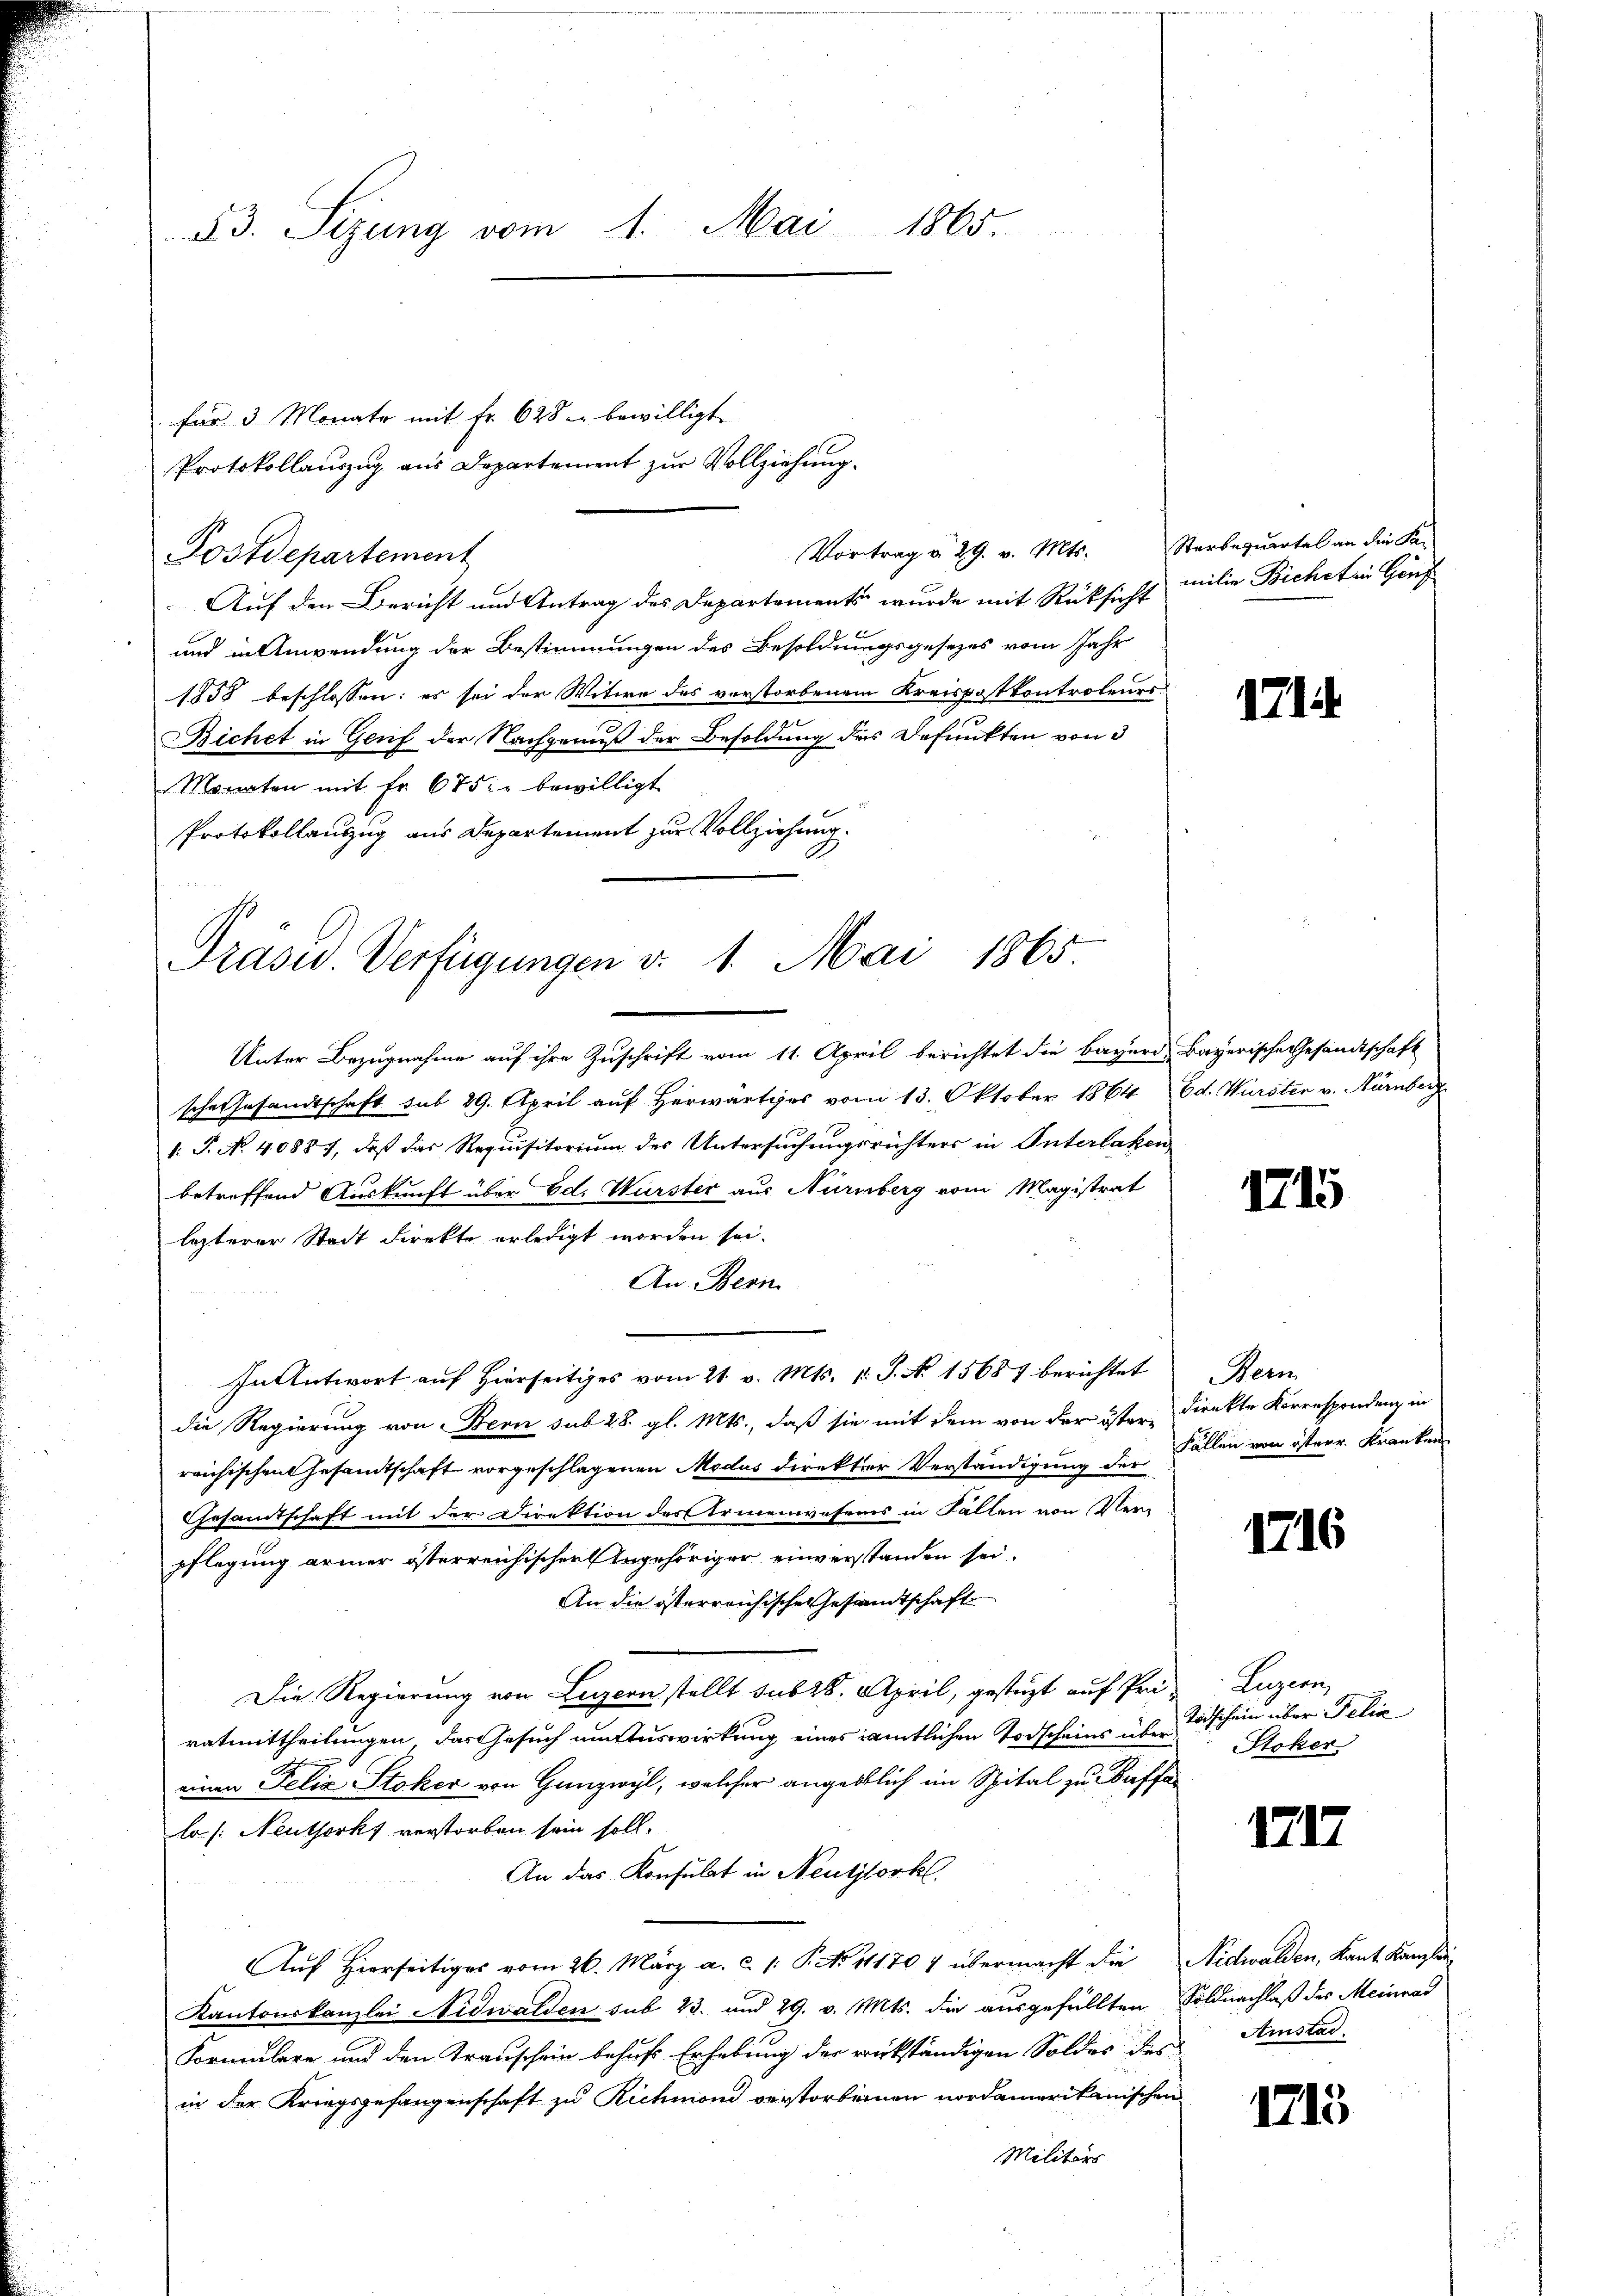
33. Sizung vom 1. Mai 1865.

für 3 Monate mit Fr. 628 bewilligt
Postdepartement
Auf den Bericht und Antrag des Departements wurde mit Rücksicht milie Bicheten Genf
und in Anwendung der Bestimmungen des Besoldungsgesezes vom Jahr
1858 beschlossen: es sei der Witwe des verstorbenem Kreispostkontroleurs
Bichet in Genf der Nachgenuß der Besoldung des Befunkten von 3
Monaten mit Fr. 675. bewilligt
Protokollanzug aus Departement zur Vollziehung.

Protokollauszug aus Departement zur Vollziehung.

Vortrag v. 29. v. Mts. Sterbequartal an die Ka-

Präsid. Verfügungen v. 1. Mai 1865.

Unter Bezugnahme auf ihre Zuschrift vom 11. April berichtet die bayern Bayerische Gesandtschaft
sche Gesandtschaft sub 29. April auf herwärtiges vom 13. Oktober 1864 Ed. Wurster v. Hürnberg
1. P. No. 40887, daß das Requisitorium des Untersuchungsrichters in Interlaken
betreffend Auskunft über Ed. Würster aus Nürnberg vom Magistrat
lezterer Stadt direkte erledigt worden sei.
An Bern.
In Antwort auf hierseitiges vom 21. v. Mts. v. J. N. 15687 berichtet
die Regierung von Bern sub 28. gl. Mts., daß sie mit dem von der öster Direkte Korrespondenz in
reichischen Gesandtschaft vorgeschlagenen Modus direkter Verständigung der
Gesamtschaft mit der Direktion des Armenwesens in Fallen von Ver-
pflegung armer österreichischer Angehöriger einverstanden sei.
An die österreichische Gesamtschaft
Die Regierung von Luzern stellt sub 28. April, gestüzt auf Pra Luzern,
ratmittheilungen, das Gesuch unauswirkung eines amtlichen Todscheins übereinen Felix Stoker von Ganzwyl, welcher angeblich im Spital zu Kaffe
lo /: Neuthorks verstorben sein soll.
An das Konsulat in Neutzlork.
Auf Hierseitiges vom 26. März a. c. /: P. No 111707 übermacht die Nidwalden, Kant Kampfsi
Kantonskanzlei Nidwalden sub 23. und 29. v. Mts. die ausgefällten Soldnachlaß des Meinrad
Formulare und den Transchein behufs Erhebung der rückständigen Soldes des Amstad
in der Kriegsgefangenschaft zu Richmond verstorbenen nordamerikanischen
Militärs

171

1715

Bern
Fällen von österr. Kranken

1716

Todschein über Felia
Stoker

1717

1713